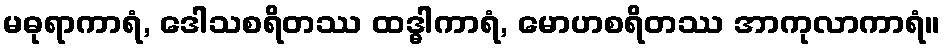
မဓုရာကာရံ, ဒေါသစရိတဿ ထဒ္ဓါကာရံ, မောဟစရိတဿ အာကုလာကာရံ။